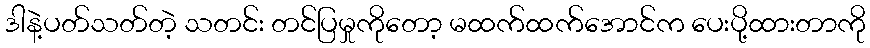
ဒါနဲ့ပတ်သတ်တဲ့ သတင်း တင်ပြမှုကိုတော့ မထက်ထက်အောင်က ပေးပို့ထားတာကို